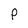
Character: P